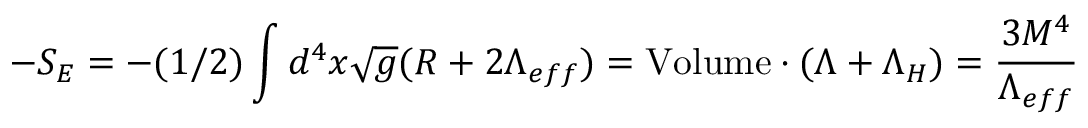
- S _ { E } = - ( 1 / 2 ) \int d ^ { 4 } x \sqrt { g } ( R + 2 \Lambda _ { e f f } ) = \mathrm { V o l u m e } \cdot ( \Lambda + \Lambda _ { H } ) = \frac { 3 M ^ { 4 } } { \Lambda _ { e f f } }